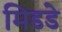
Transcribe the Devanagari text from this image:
मिडडे